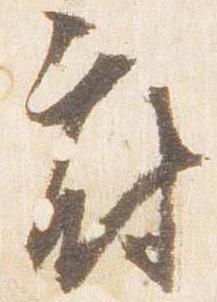
府